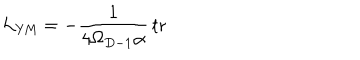
{ \cal L } _ { \mathrm { Y M } } = - \frac { 1 } { 4 \Omega _ { D - 1 } \alpha } \, \mathrm { t r }